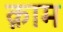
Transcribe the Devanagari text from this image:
क़ाम